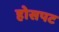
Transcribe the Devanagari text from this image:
होसपट